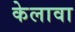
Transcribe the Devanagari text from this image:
केलावा